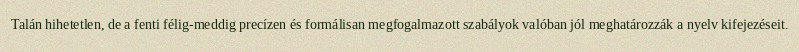
Talán hihetetlen, de a fenti félig-meddig precízen és formálisan megfogalmazott szabályok valóban jól meghatározzák a nyelv kifejezéseit.